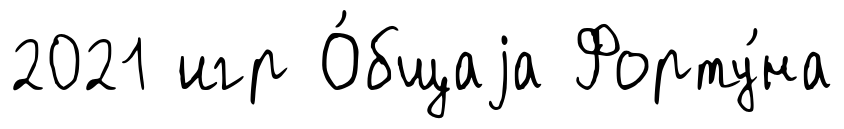
2021 игр О́бщаjа Форту́на